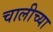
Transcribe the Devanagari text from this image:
चालीच्या